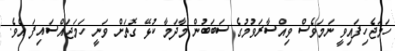
ހަމަޖެހިފައިވީ ނަމަވެސް ވިއްސާރަވުމުގެ ސަބަބުން މާދަމާ ކުޅޭ ގޮތަށް ވަނީ ހަމަޖައްސައިފަ އެވެ.